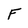
Character: F